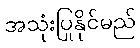
အသုံးပြုနိုင်မည်